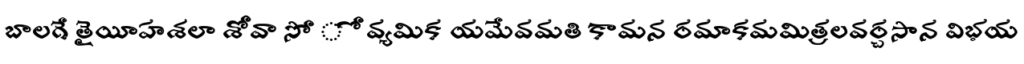
బాలగే తైయీహశలా శోవా సో ో వ్యమిక యమేవమతి కామన రమాకమమిత్రలవర్చసాన విభయ